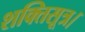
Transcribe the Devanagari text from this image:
शक्तिसूत्र।